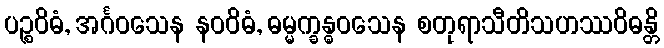
ပဉ္စဝိဓံ, အင်္ဂဝသေန နဝဝိဓံ, ဓမ္မက္ခန္ဓဝသေန စတုရာသီတိသဟဿဝိဓန္တိ